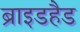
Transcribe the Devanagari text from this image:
ब्राइडहैड